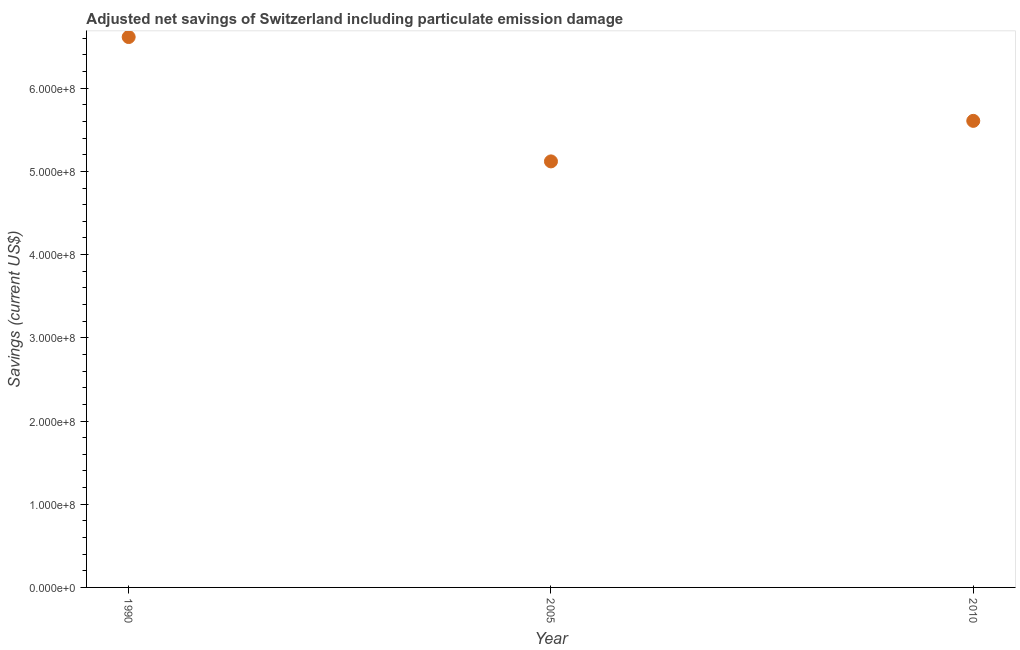
| Year | Adjusted savings: particulate emission damage (current US$) |
 | --- | --- |
 | 1990 | 6.61e+08 |
 | 2005 | 5.12e+08 |
 | 2010 | 5.61e+08 |